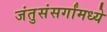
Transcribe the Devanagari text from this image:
जंतुसंसर्गांमध्ये